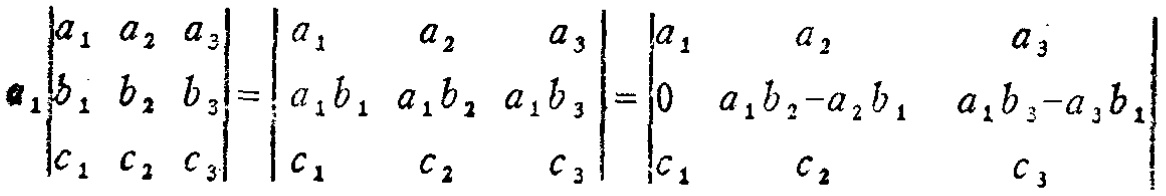
\[

a_1\begin{vmatrix}

a_1 & a_2 & a_3 \\

b_1 & b_2 & b_3 \\

c_1 & c_2 & c_3

\end{vmatrix}=

\begin{vmatrix}

a_1 & a_2 & a_3 \\

a_1b_1 & a_1b_2 & a_1b_3 \\

c_1 & c_2 & c_3

\end{vmatrix}=

\begin{vmatrix}

a_1 & a_2 & a_3 \\

0 & a_1b_2 - a_2b_1 & a_1b_3 - a_3b_1 \\

c_1 & c_2 & c_3

\end{vmatrix}

\]